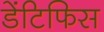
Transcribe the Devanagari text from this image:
डेंटिफिस